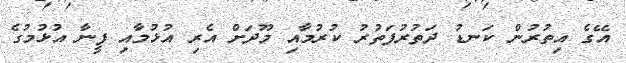
އޭގެ އިތުރުން ކަނޑު ދަތުރުފަތުރު ކުރުމާއި މޫދަށް އެރި އުޅުމާއި ފީނާ އުޅުމުގެ